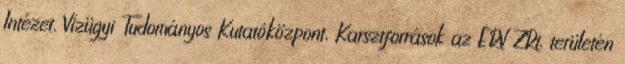
Intézet, Vízügyi Tudományos Kutatóközpont, Karsztforrások az ÉRV ZRt. területén